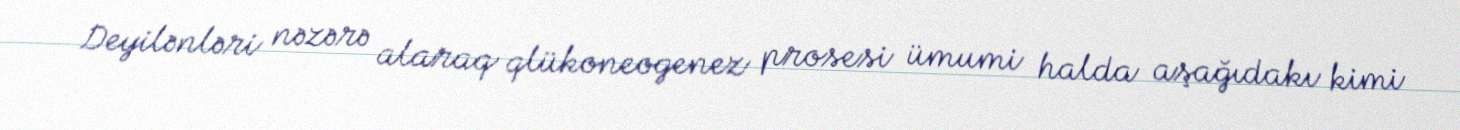
Deyilənləri nəzərə alaraq qlükoneogenez prosesi ümumi halda aşağıdakı kimi